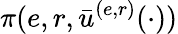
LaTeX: \pi(e,r,\bar{u}^{(e,r)}(\cdot))